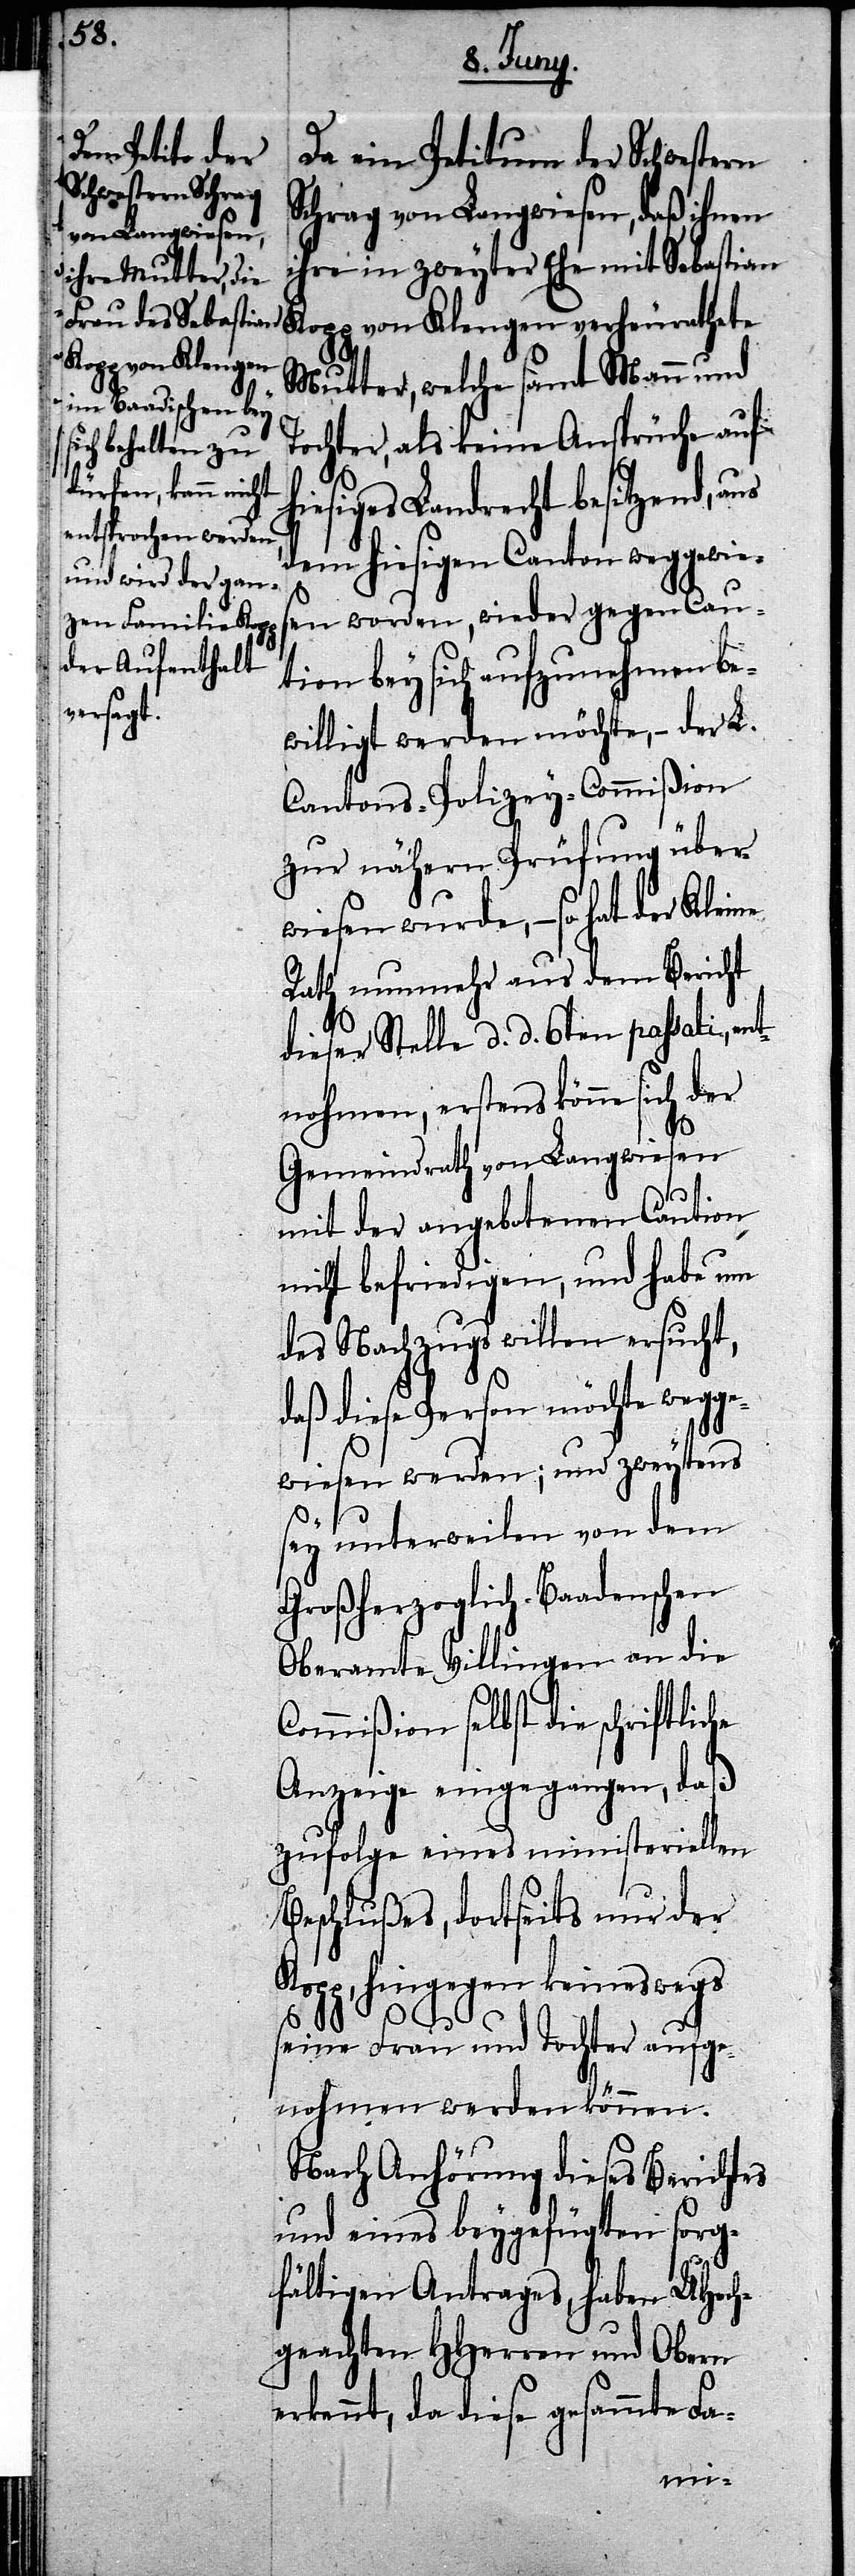
Da ein Petitum der Schwestern
Schrag von Langwiesen, daß ihnen
ihre in zweyter Ehe mit Sebastian
Kopp von Klengen verheirathete
Mutter, welche samt Mann und
Tochter als keine Ansprüche auf
iesiges Landrecht besitzend, aus
dem hiesigen Canton weggewies¬
en worden, wieder gegen Cau¬
tion bey sich aufgenohmen be¬
willigt werden möchte, – der L.
Cantons-Policey-Commißion
zur nähern Prüfung über¬
wiesen wurde, – so hat der Kleine
Rath nunmehr aus dem Bericht
dieser Stelle d. d. 6ten passati, ent¬
nohmen, erstens könne sich der
Gemeindrath von Langwiesen
mit der angebotenen Caution
nicht befriedigen, und habe um
des Nachzugswillen ersucht,
daß die Person möchte wegge¬
wiesen werden; und zweytens
sey unterweilen von dem
Großherzoglich-Baadenschen
Oberamte Villingen an die
Commißion selbst die schriftlic¬
Anzeige eingegangen, daß
zufolge eines ministeriellen
Beschlußes, dortseits nur der
hingegen keineswegs
he
seine Frau und Tochter aufge¬
nohmen werden können.
Nach Anhörung dieses Berichtes
und eines beygefügten sorg¬
fältigen Antrages, haben UHoch¬
geachten HHerren und Obern
rkennt, da diese gesammte Fa-
e¬